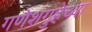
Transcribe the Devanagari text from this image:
गणेशगुहेच्या